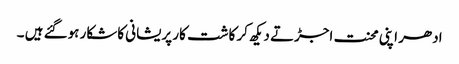
ادھر اپنی محنت اجڑتے دیکھ کر کاشت کار پریشانی کاشکار ہوگئے ہیں ۔